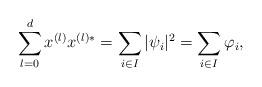
LaTeX: \begin{align*} \sum_{l=0}^{d} x^{(l)} x^{(l)*} & = \sum_{i\in I} | \psi_i |^2 = \sum_{i\in I} \varphi_i , \end{align*}